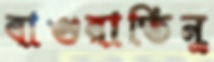
বাগুরাতিনু